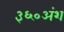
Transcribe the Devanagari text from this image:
३६०अंश